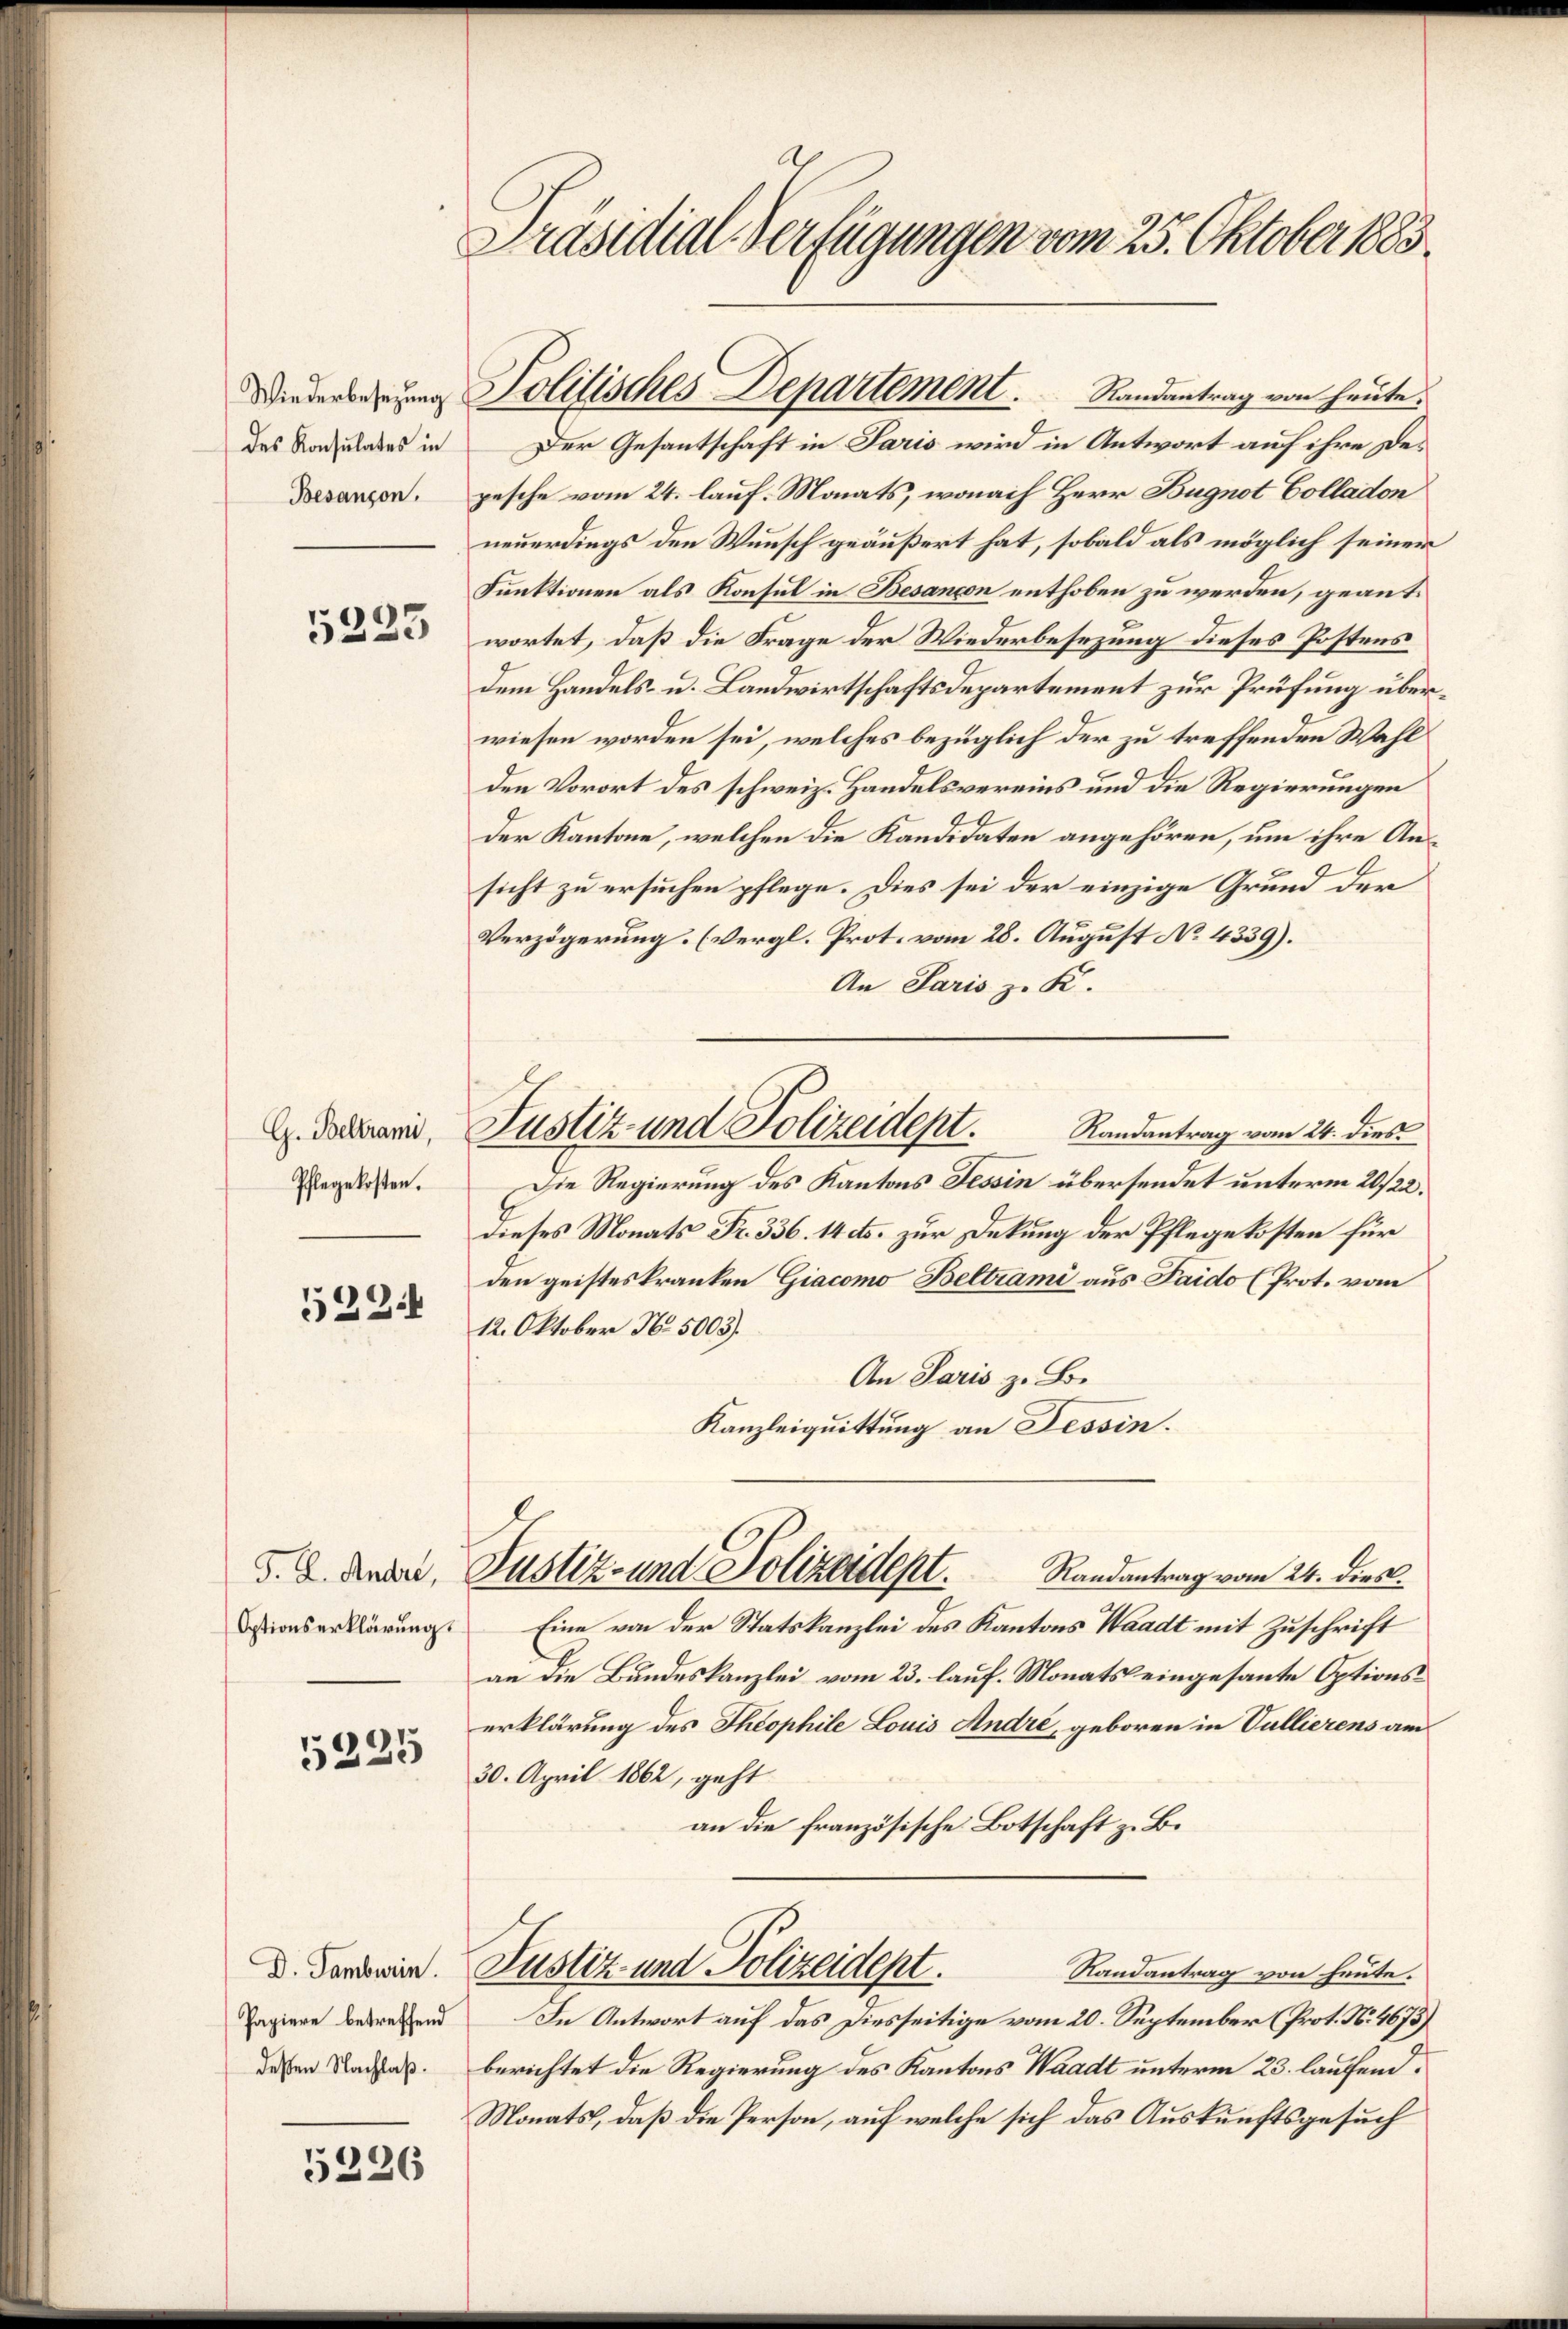
des Konsulates in

5223

G. Beltrami,
Pflegekosten.

5224

Optionserklärung.

5225

Papiere betreffend

5226

Präsidial-Verfügungen vom 25. Oktober 1883.

Wiederserung Solitisches Departement . . .   Randantrag von heute.
Der Gesantschaft in Paris wird in Antwort auf ihre De¬

Justiz- und Polizeidept.

Besanzen. pesche vom 24. lauf. Monats, wonach Herr Bugnot Colladon
neuerdings den Wunsch geäußert hat, sobald als möglich seiner
Funktionen als Konsul in Besançon enthoben zu werden, geantwortet, daß die Frage der Wiederbesezung dieses Postens
dem Handels- u. Landwirtschaftsdepartement zur Prüfung über
wiesen worden sei, welches bezüglich der zu treffenden Wahl
den Vorort des schweiz. Handelsvereins und die Regierungen
Der Kantone, welchen die Kandidaten angehören, um ihre Ansicht zu ersuchen pflege. Dies sei der einzige Grund der
x
Verzögerung. (vergl. Prot. vom 28. August No. 4339).
An Paris zu K.
Randantrag vom 24. dies
Die Regierung des Kantons Tessin übersendet unterm 20/22.
dieses Monats Fr. 336. 14 cts. zur Deckung der Pflegekosten für
den geisteskranken Giacomo Beltrami aus Paido (Prot. vom
12. Oktober No. 5003).
An Paris z. B.
Kanzleiquittung an Tessin.
d. A. Ander, Justiz- und Polizeident.           Randantrag vom 24. dies.
Eine von der Statskanzlei des Kantons Waadt mit Zuschrift
an die Bundeskanzlei vom 23. lauf. Monats eingesante Optionserklärung des Theophile Louis Andre, geboren in Vullierens am
30. April 1862, geht
an die französische Botschaft z. B.
D. Fordevier. Justiz und Polizeident.
Randantrag von heute.
In Antwort auf das Diesseitige vom 20. September (Prot. No. 4673)
dessen Nachah. berichtet die Regierung des Kantons Waadt unterm 23. laufend
Monats, daß die Person, auf welche sich das Auskunftsgesuch